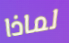
لماذا